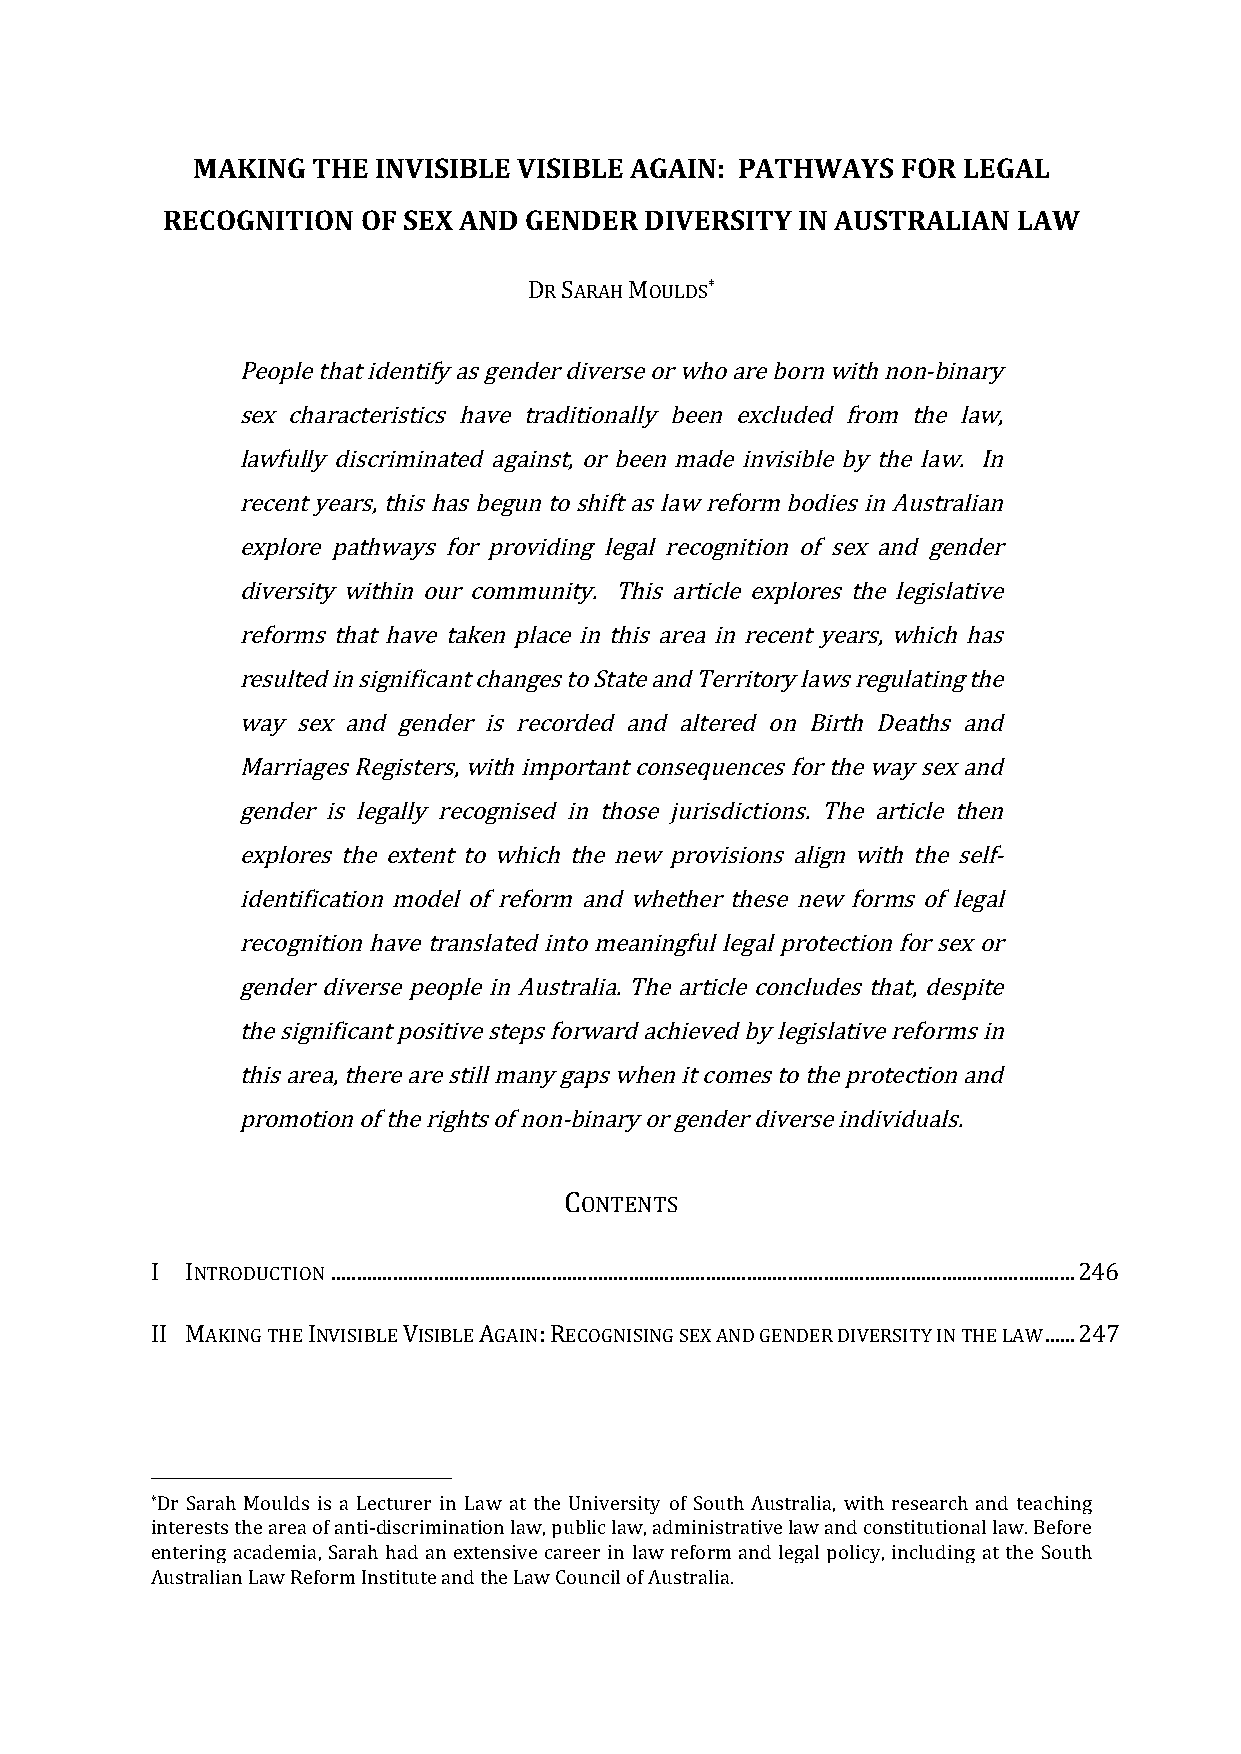
MAKING  THE INVISIBLE VISIBLE AGAIN: PATHWAYS  FOR LEGAL
 RECOGNITION  OF SEX AND GENDER  DIVERSITY IN AUSTRALIAN LAW
 DR SARAH MOULDS*
 People that identify as gender diverse or who are born with non-binary
 sex characteristics have traditionally been excluded from the law,
 lawfully discriminated against, or been made invisible by the law. In
 recent years, this has begun to shift as law reform bodies in Australian
 explore pathways for providing legal recognition of sex and gender
 diversity within our community. This article explores the legislative
 reforms that have taken place in this area in recent years, which has
 resulted in significant changes to State and Territory laws regulating the
 way sex and gender is recorded and altered on Birth Deaths and
 Marriages Registers, with important consequences for the way sex and
 gender is legally recognised in those jurisdictions. The article then
 explores the extent to which the new provisions align with the self-
 identification model of reform and whether these new forms of legal
 recognition have translated into meaningful legal protection for sex or
 gender diverse people in Australia. The article concludes that, despite
 the significant positive steps forward achieved by legislative reforms in
 this area, there are still many gaps when it comes to the protection and
 promotion of the rights of non-binary or gender diverse individuals.
 CONTENTS
 I INTRODUCTION ................................................................................................................................................. 246
 II MAKING THE INVISIBLE VISIBLE AGAIN: RECOGNISING SEX AND GENDER DIVERSITY IN THE LAW ...... 247
 *Dr Sarah Moulds is a Lecturer in Law at the University of South Australia, with research and teaching
 interests the area of anti-discrimination law, public law, administrative law and constitutional law. Before
 entering academia, Sarah had an extensive career in law reform and legal policy, including at the South
 Australian Law Reform Institute and the Law Council of Australia.